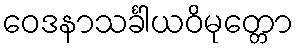
ဝေဒနာသင်္ခါယဝိမုတ္တော